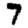
Digit: 7